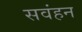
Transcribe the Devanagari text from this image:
सवंहन